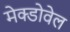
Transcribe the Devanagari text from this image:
मेक्डोवेल